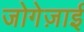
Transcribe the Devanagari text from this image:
जोगेज़ाई